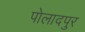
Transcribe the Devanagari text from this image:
पोलादपुर